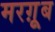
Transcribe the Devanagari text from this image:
मरग़ूूब